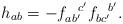
LaTeX: \begin{align*}h_{ab} = -f_{ab'}^{~~c'}f_{bc'}^{~~b'}.\end{align*}